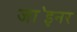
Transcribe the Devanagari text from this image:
जा॓इनर